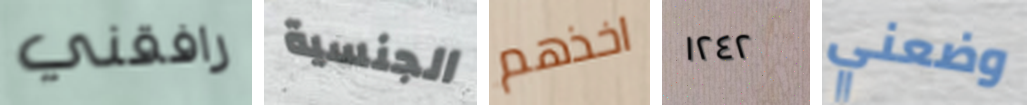
رافقني الجنسية اخذهم ١٢٤٢ وضعني